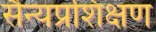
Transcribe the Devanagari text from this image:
सैन्यप्रशिक्षण